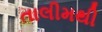
તાલીમથી